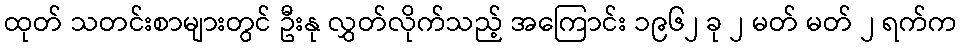
ထုတ် သတင်းစာများတွင် ဦးနု လွှတ်လိုက်သည့် အကြောင်း ၁၉၆၂ ခု ၂ မတ် မတ် ၂ ရက်က